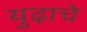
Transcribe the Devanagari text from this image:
युढ़ाचे